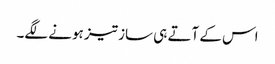
اس کے آتے ہی ساز تیز ہونے لگے۔